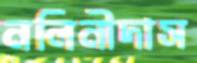
নলিনীদাস